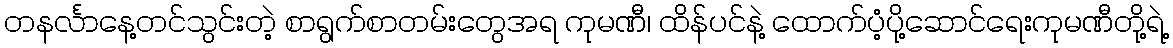
တနင်္လာနေ့တင်သွင်းတဲ့ စာရွက်စာတမ်းတွေအရ ကုမဏီ၊ ထိန်ပင်နဲ့ ထောက်ပံ့ပို့ဆောင်ရေးကုမဏီတို့ရဲ့